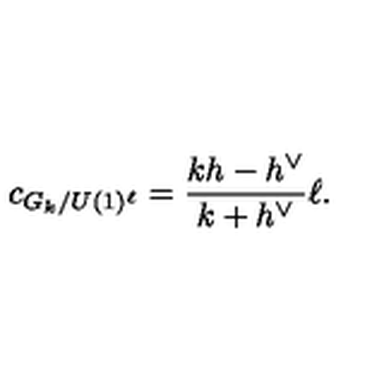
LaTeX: c _ { G _ { k } / U ( 1 ) ^ { \ell } } = \frac { k h - h ^ { \vee } } { k + h ^ { \vee } } \ell .